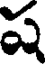
ష